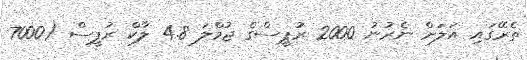
ތެރޭގައި އަލަށް ނެރުނު 2000 ރުޕީސްގެ ޖުމްލަ 4.8 ލާކް ރުޕީސް (7000